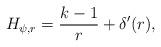
LaTeX: \begin{align*}H_{\psi,r}=\frac{k-1}{r}+\delta'(r),\end{align*}